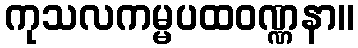
ကုသလကမ္မပထဝဏ္ဏနာ။